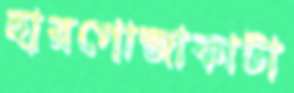
হারগোজাকাটা